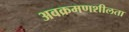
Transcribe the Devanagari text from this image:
अवक्रमणशीलता